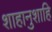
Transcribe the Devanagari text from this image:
शाहानुशाहि